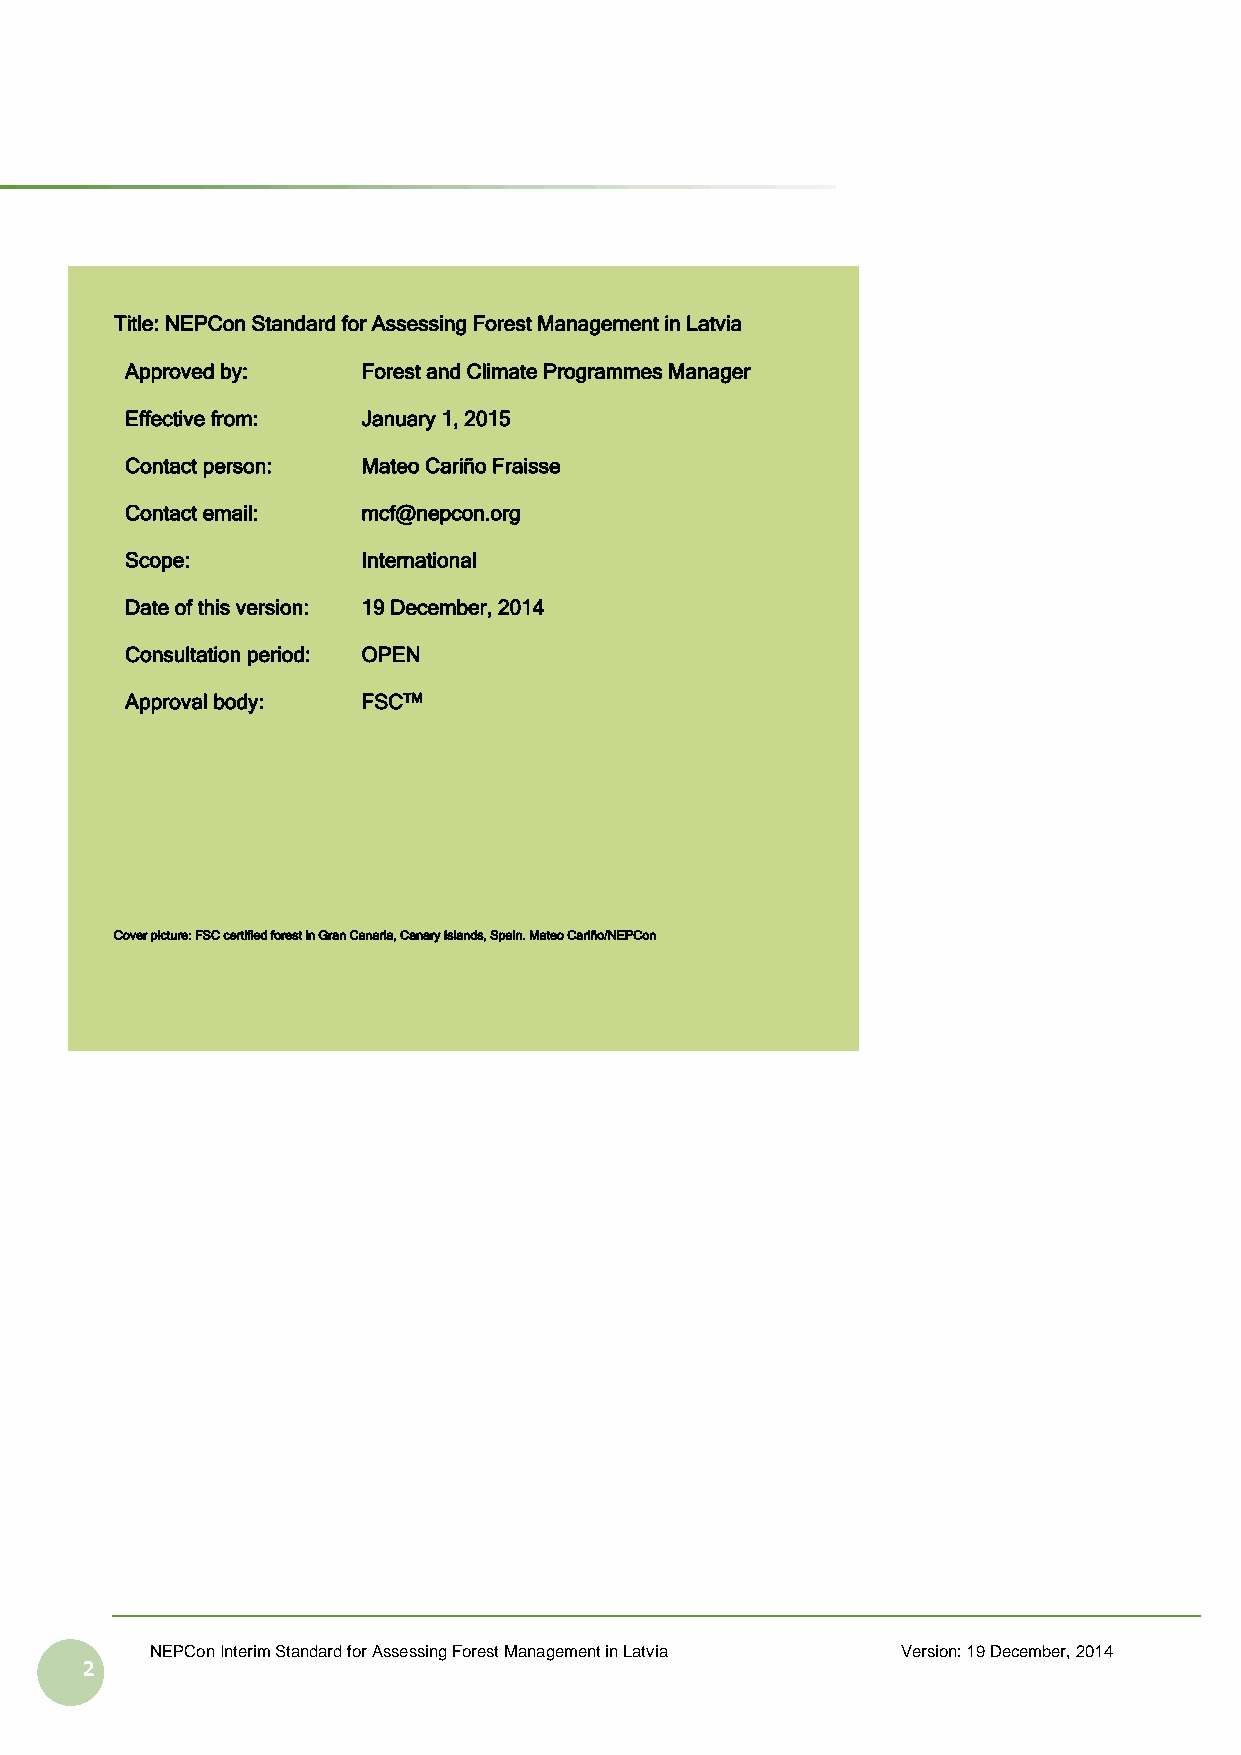
Title: NEPCon Standard for Assessing Forest Management in Latvia
 Approved by:    Forest and Climate Programmes Manager
 Effective from: January 1, 2015
 Contact person: Mateo Cariño Fraisse
 Contact email:  mcf@nepcon.org
 Scope:          International
 Date of this version: 19 December, 2014
 Consultation period: OPEN
 Approval body:  FSCTM
 Cover picture: FSC certified forest in Gran Canaria, Canary Islands, Spain. Mateo Cariño/NEPCon
 NEPCon Interim Standard for Assessing Forest Management in Latvia Version: 19 December, 2014
 2